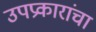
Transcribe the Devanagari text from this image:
उपप्रकारांचा